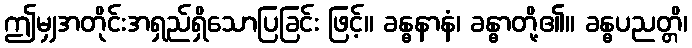
ဤမျှအတိုင်းအရှည်ရှိသောပြခြင်း ဖြင့်။ ခန္ဓနာနံ၊ ခန္ဓာတို့၏။ ခန္ဓပညတ္တိ၊